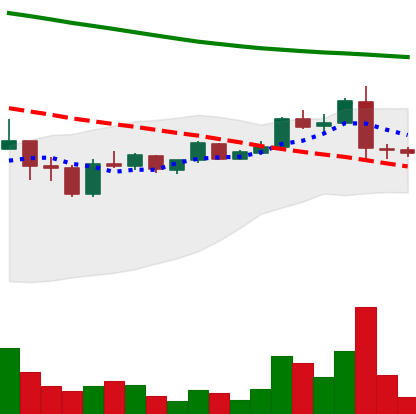
Ticker: ADA-USD
Chart end date: 2019-01-12
Forward return: 3.693%
Label: up_3_5